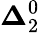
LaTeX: {\boldsymbol{\Delta}}_{2}^{0}